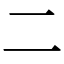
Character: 二